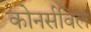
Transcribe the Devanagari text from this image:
कोनर्सविल